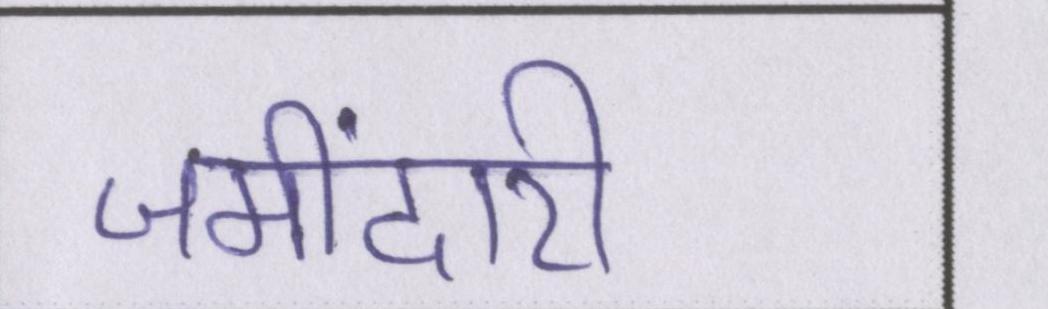
जमींदारी